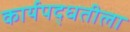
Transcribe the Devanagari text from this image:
कार्यपद्धतीला